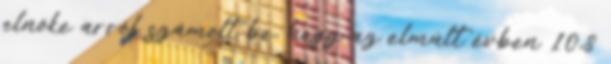
elnöke arról számolt be, hogy az elmúlt évben 10,8